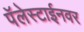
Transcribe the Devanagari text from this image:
पॅलेस्टाईनवर